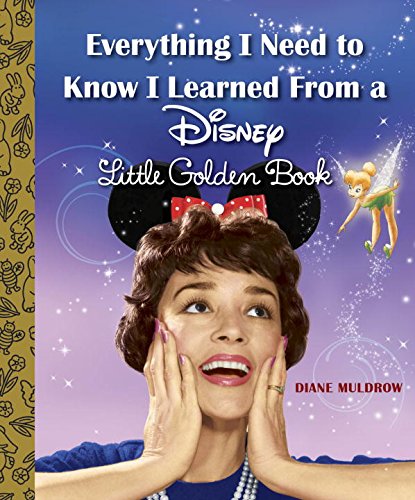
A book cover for Everything I Need to Know I Learned From a Disney Little Golden Book (Disney); Diane Muldrow; Teen & Young Adult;